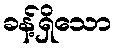
ခန့်ရှိသော